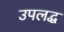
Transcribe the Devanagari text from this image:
उपलद्ध